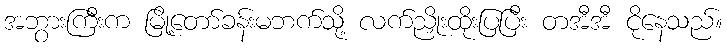
အဘွားကြီးက မြို့တော်ခန်းမဘက်သို့ လက်ညှိုးထိုးပြပြီး တအီအီ ငိုနေသည်။